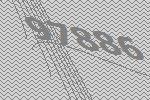
97886